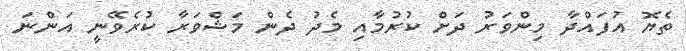
ތެޔޮ އުފައްދާ މިންވަރު ދަށް ކުރުމާއި މެދު ދެން މަޝްވަރާ ކުރެވޭނީ އަންނަ